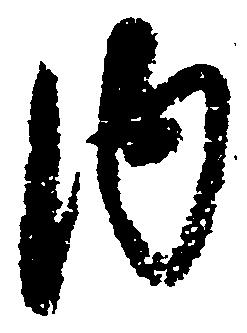
内